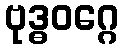
ဗုဒ္ဓဝဂ္ဂေ